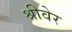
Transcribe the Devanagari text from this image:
श्रीवेर